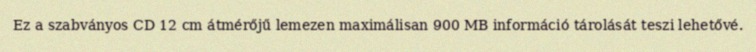
Ez a szabványos CD 12 cm átmérőjű lemezen maximálisan 900 MB információ tárolását teszi lehetővé.